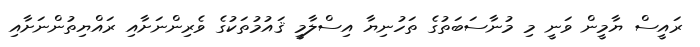
ރައީސް ޔާމީން ވަނީ މި މުނާސަބަތުގެ ތަހުނިޔާ އިސްލާމީ ޤައުމުތަކުގެ ވެރިންނަށާއި ރައްޔިތުންނަށާއި